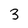
Character: 3